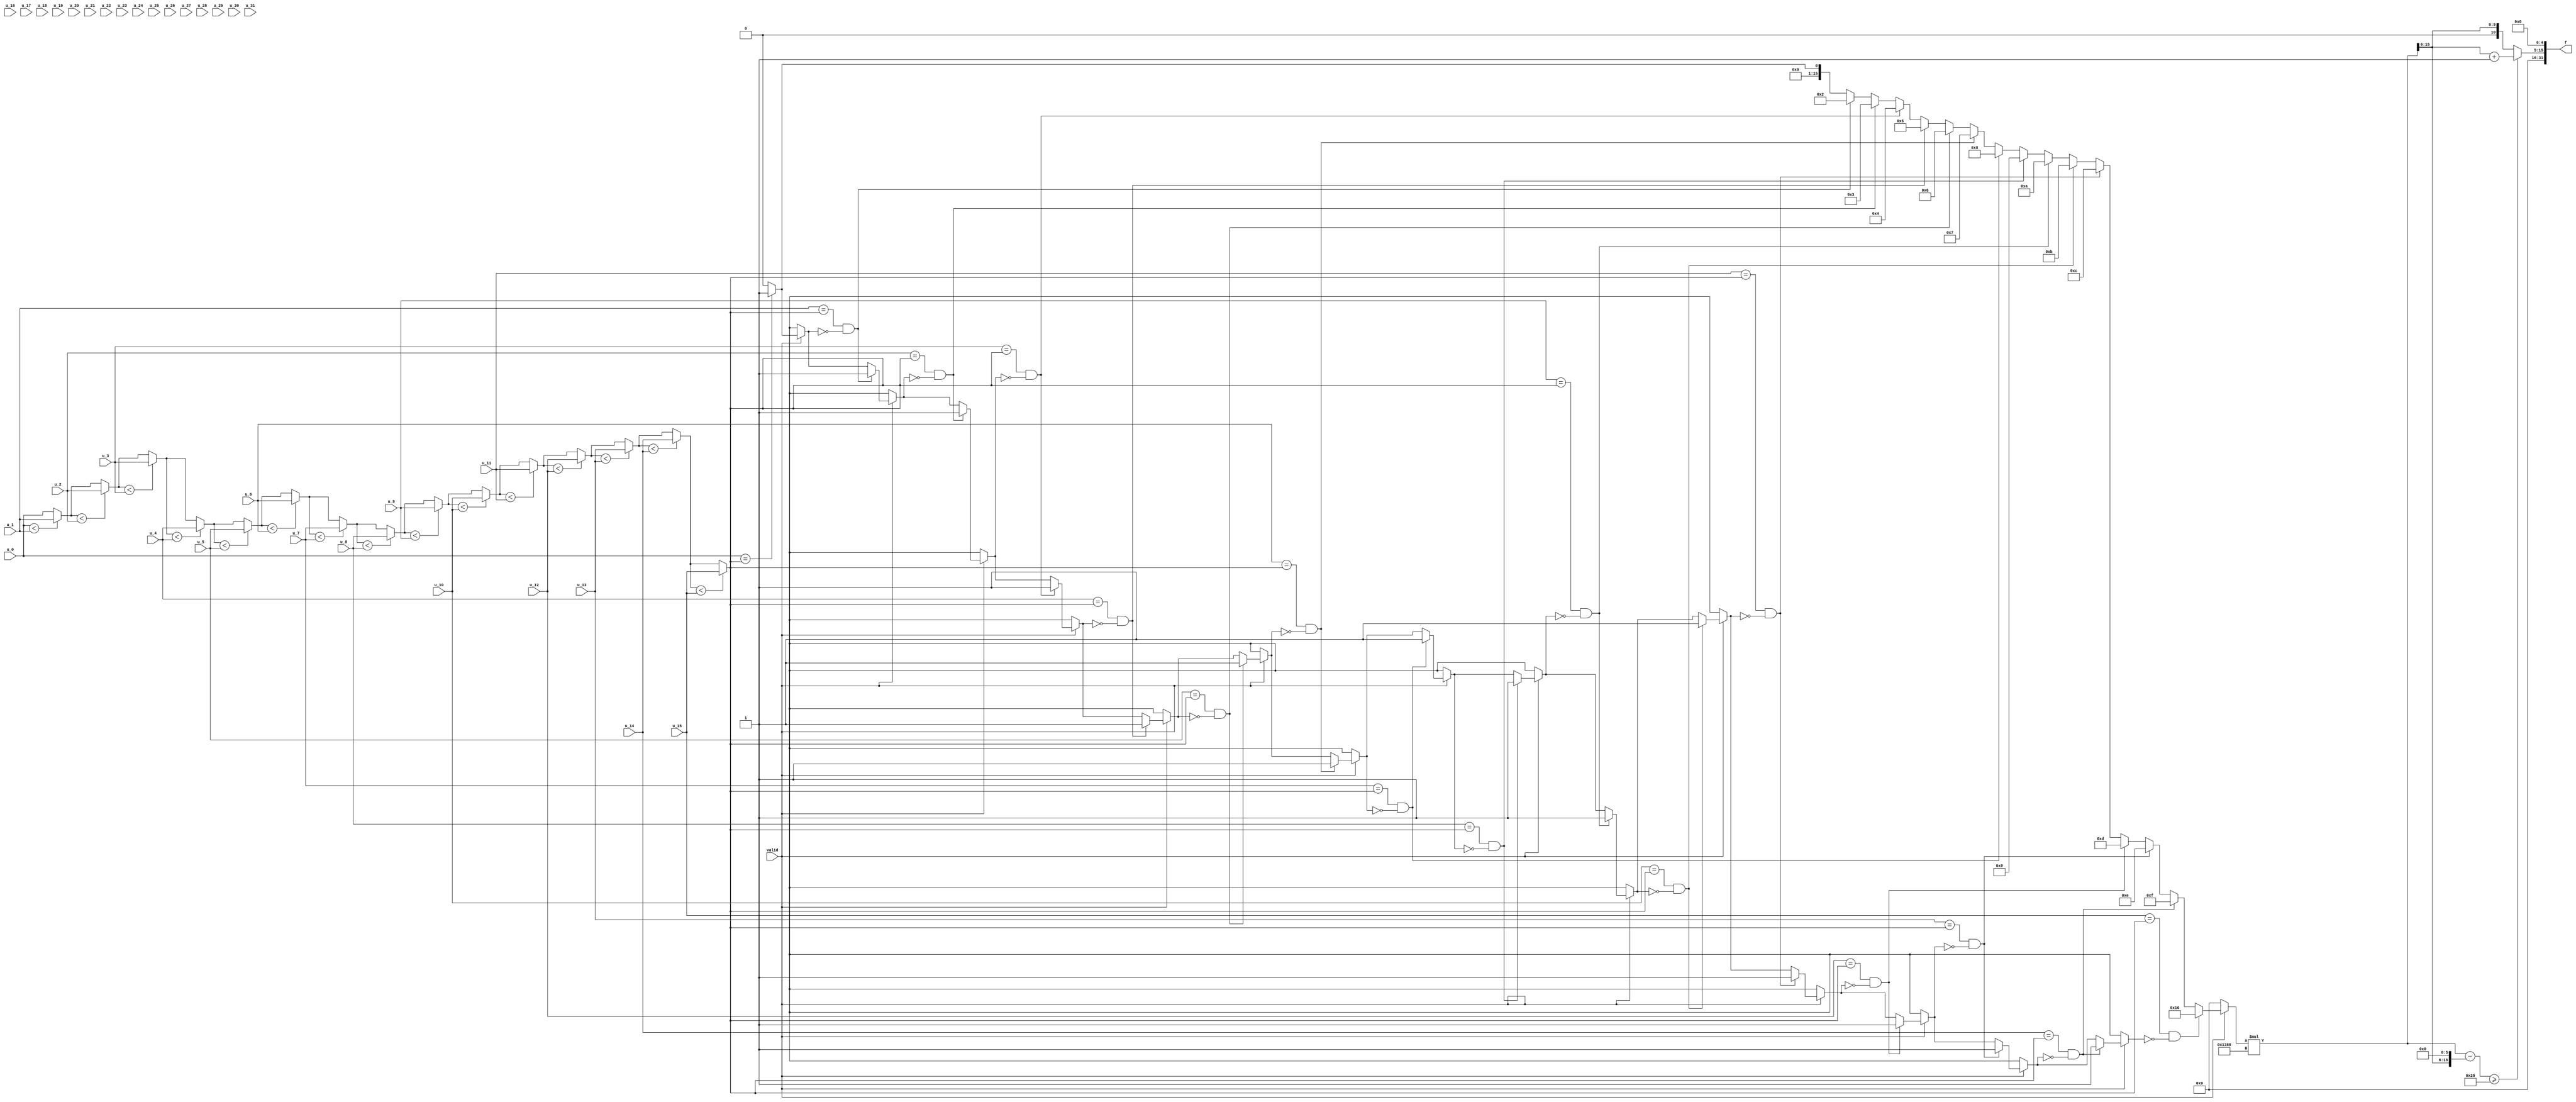
// -------------------------------------------------------------
// 
// 
// Generated by MATLAB 9.14 and HDL Coder 4.1
// 
// -------------------------------------------------------------


// -------------------------------------------------------------
// 
// Module: Doppler_Calculation
// Source Path: RSP/RSP/Velocity Processor/Doppler Processing/Doppler Processor/Doppler Calculation
// Hierarchy Level: 4
// 
// -------------------------------------------------------------

`timescale 1 ns / 1 ns

module Doppler_Calculation
          (u_0,
           u_1,
           u_2,
           u_3,
           u_4,
           u_5,
           u_6,
           u_7,
           u_8,
           u_9,
           u_10,
           u_11,
           u_12,
           u_13,
           u_14,
           u_15,
           u_16,
           u_17,
           u_18,
           u_19,
           u_20,
           u_21,
           u_22,
           u_23,
           u_24,
           u_25,
           u_26,
           u_27,
           u_28,
           u_29,
           u_30,
           u_31,
           valid,
           f);


  input   signed [34:0] u_0;  // sfix35_En20
  input   signed [34:0] u_1;  // sfix35_En20
  input   signed [34:0] u_2;  // sfix35_En20
  input   signed [34:0] u_3;  // sfix35_En20
  input   signed [34:0] u_4;  // sfix35_En20
  input   signed [34:0] u_5;  // sfix35_En20
  input   signed [34:0] u_6;  // sfix35_En20
  input   signed [34:0] u_7;  // sfix35_En20
  input   signed [34:0] u_8;  // sfix35_En20
  input   signed [34:0] u_9;  // sfix35_En20
  input   signed [34:0] u_10;  // sfix35_En20
  input   signed [34:0] u_11;  // sfix35_En20
  input   signed [34:0] u_12;  // sfix35_En20
  input   signed [34:0] u_13;  // sfix35_En20
  input   signed [34:0] u_14;  // sfix35_En20
  input   signed [34:0] u_15;  // sfix35_En20
  input   signed [34:0] u_16;  // sfix35_En20
  input   signed [34:0] u_17;  // sfix35_En20
  input   signed [34:0] u_18;  // sfix35_En20
  input   signed [34:0] u_19;  // sfix35_En20
  input   signed [34:0] u_20;  // sfix35_En20
  input   signed [34:0] u_21;  // sfix35_En20
  input   signed [34:0] u_22;  // sfix35_En20
  input   signed [34:0] u_23;  // sfix35_En20
  input   signed [34:0] u_24;  // sfix35_En20
  input   signed [34:0] u_25;  // sfix35_En20
  input   signed [34:0] u_26;  // sfix35_En20
  input   signed [34:0] u_27;  // sfix35_En20
  input   signed [34:0] u_28;  // sfix35_En20
  input   signed [34:0] u_29;  // sfix35_En20
  input   signed [34:0] u_30;  // sfix35_En20
  input   signed [34:0] u_31;  // sfix35_En20
  input   valid;
  output  [31:0] f;  // ufix32_En5


  wire signed [34:0] u [0:31];  // sfix35_En20 [32]
  reg [31:0] f_1;  // ufix32_En5
  reg [15:0] idx_max_1;  // uint16
  reg [15:0] idx_max;  // uint16
  reg signed [34:0] max_pow;  // sfix35_En20
  reg  is_found;
  reg signed [31:0] i;  // uint16
  reg [15:0] y;  // uint16
  reg [15:0] z;  // uint16
  reg signed [31:0] k;  // int32
  reg [31:0] mul_temp;  // ufix32
  reg signed [16:0] sub_cast;  // sfix17_E6
  reg signed [48:0] sub_cast_0;  // sfix49
  reg [15:0] sub_cast_1;  // uint16
  reg signed [31:0] t_0;  // int32


  assign u[0] = u_0;
  assign u[1] = u_1;
  assign u[2] = u_2;
  assign u[3] = u_3;
  assign u[4] = u_4;
  assign u[5] = u_5;
  assign u[6] = u_6;
  assign u[7] = u_7;
  assign u[8] = u_8;
  assign u[9] = u_9;
  assign u[10] = u_10;
  assign u[11] = u_11;
  assign u[12] = u_12;
  assign u[13] = u_13;
  assign u[14] = u_14;
  assign u[15] = u_15;
  assign u[16] = u_16;
  assign u[17] = u_17;
  assign u[18] = u_18;
  assign u[19] = u_19;
  assign u[20] = u_20;
  assign u[21] = u_21;
  assign u[22] = u_22;
  assign u[23] = u_23;
  assign u[24] = u_24;
  assign u[25] = u_25;
  assign u[26] = u_26;
  assign u[27] = u_27;
  assign u[28] = u_28;
  assign u[29] = u_29;
  assign u[30] = u_30;
  assign u[31] = u_31;

  always @* begin
    max_pow = u[0];

    for(k = 32'sd0; k <= 32'sd14; k = k + 32'sd1) begin
      if (max_pow < u[k + 32'sd1]) begin
        max_pow = u[k + 32'sd1];
      end
    end

    idx_max = 16'd0;
    is_found = 1'b0;
    if (valid) begin

      for(i = 16'd1; i <= 16'd16; i = i + 16'd1) begin
        if ((u[i - 32'sd1] == max_pow) &&  ! is_found) begin
          idx_max = i;
          is_found = 1'b1;
        end
      end

    end
    mul_temp = idx_max * 16'd5000;
    y = mul_temp[15:0];
    z = y >> 32'd6;
    sub_cast = {1'b0, z};
    sub_cast_0 = {{26{sub_cast[16]}}, {sub_cast, 6'b000000}};
    t_0 = sub_cast_0[31:0];
    sub_cast_1 = t_0[15:0];
    if ((y - sub_cast_1) >= 16'd32) begin
      z = z + 16'd1;
    end
    //prf/2
    f_1 = {11'b0, {z, 5'b00000}};
    idx_max_1 = idx_max;
  end



  assign f = f_1;

endmodule  // Doppler_Calculation